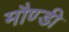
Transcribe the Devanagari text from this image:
मौण्डी